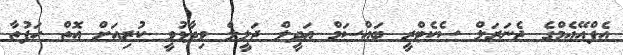
އެފްއޭއެމްގެ ޖެނަރަލް ސެކެޓްރީ ބައްސަމް ޢަދީލް ޖަލީލް ވިދާޅުވީ ކުރިއަށް އޮތް ހަފުތާ